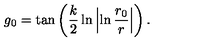
g _ { 0 } = \tan \left( \frac { k } { 2 } \ln \left| \ln \frac { r _ { 0 } } { r } \right| \right) .